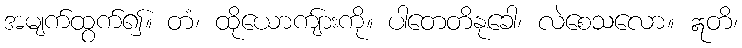
အမျက်ထွက်၍။ တံ၊ ထိုယောကျ်ားကို။ ပါတေတိနုခေါ၊ လဲစေသလော။ ဣတိ၊